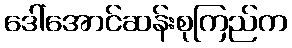
ဒေါ်အောင်ဆန်းစုကြည်က